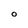
Character: O